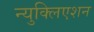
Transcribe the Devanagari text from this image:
न्युक्लिएशन